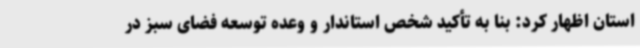
استان اظهار کرد: بنا به تأکید شخص استاندار و وعده توسعه فضای سبز در